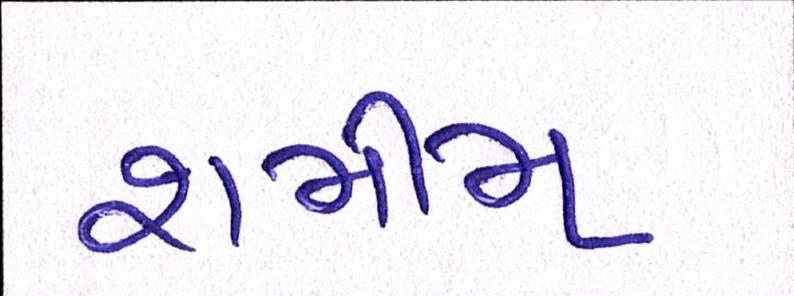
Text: શમીમ